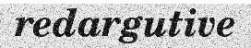
redargutive